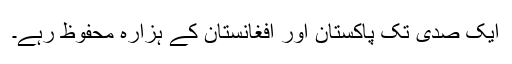
ایک صدی تک پاکستان اور افغانستان کے ہزارہ محفوظ رہے۔